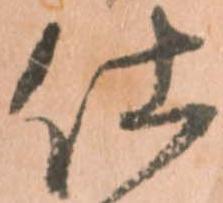
仕